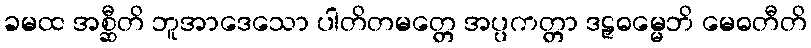
ခမထ အစ္ဆီတိ ဘူအာဒေသော ပါတိတမတ္တေ အပ္ပကတ္တာ ဒဠှဓမ္မေဘိ မေဓတီတိ